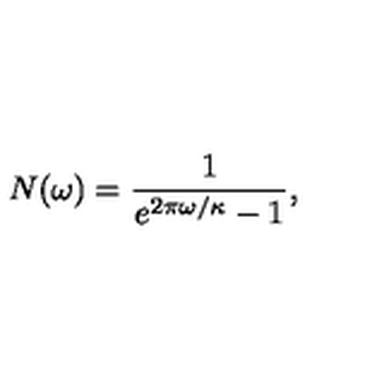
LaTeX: N ( \omega ) = \frac { 1 } { e ^ { 2 \pi \omega / \kappa } - 1 } ,